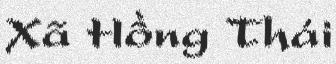
Xã Hồng Thái